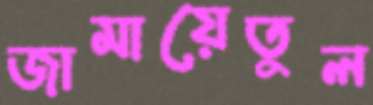
জামায়েতুল